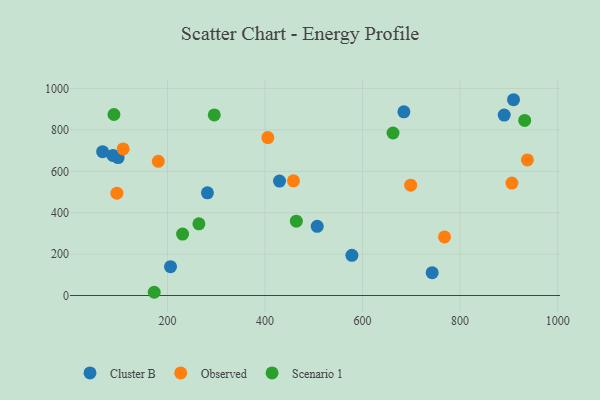
{"axis": {"x": "Price", "y": "Yield"}, "legend": ["Cluster B", "Observed", "Scenario 1"], "data": [{"x": "429.7", "y": 552.9, "type": "Cluster B"}, {"x": "742.7", "y": 110.5, "type": "Cluster B"}, {"x": "281.9", "y": 496.1, "type": "Cluster B"}, {"x": "684.7", "y": 887.4, "type": "Cluster B"}, {"x": "98.7", "y": 666.6, "type": "Cluster B"}, {"x": "909.5", "y": 946.0, "type": "Cluster B"}, {"x": "578.1", "y": 194.2, "type": "Cluster B"}, {"x": "890.4", "y": 872.0, "type": "Cluster B"}, {"x": "88.0", "y": 676.8, "type": "Cluster B"}, {"x": "206.2", "y": 139.1, "type": "Cluster B"}, {"x": "507.0", "y": 334.5, "type": "Cluster B"}, {"x": "67.0", "y": 694.8, "type": "Cluster B"}, {"x": "458.3", "y": 554.2, "type": "Observed"}, {"x": "405.8", "y": 763.2, "type": "Observed"}, {"x": "181.2", "y": 648.5, "type": "Observed"}, {"x": "96.2", "y": 494.4, "type": "Observed"}, {"x": "937.9", "y": 655.1, "type": "Observed"}, {"x": "768.0", "y": 282.9, "type": "Observed"}, {"x": "109.0", "y": 708.5, "type": "Observed"}, {"x": "698.6", "y": 533.1, "type": "Observed"}, {"x": "906.2", "y": 543.1, "type": "Observed"}, {"x": "464.2", "y": 359.1, "type": "Scenario 1"}, {"x": "662.4", "y": 785.3, "type": "Scenario 1"}, {"x": "264.4", "y": 346.2, "type": "Scenario 1"}, {"x": "932.4", "y": 846.0, "type": "Scenario 1"}, {"x": "172.8", "y": 15.6, "type": "Scenario 1"}, {"x": "295.9", "y": 872.6, "type": "Scenario 1"}, {"x": "90.2", "y": 874.6, "type": "Scenario 1"}, {"x": "230.9", "y": 297.0, "type": "Scenario 1"}]}